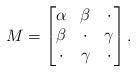
LaTeX: \begin{align*}M = \left[ \begin{matrix} \alpha & \beta & \cdot \\ \beta & \cdot & \gamma \\ \cdot & \gamma & \cdot \end{matrix} \right].\end{align*}